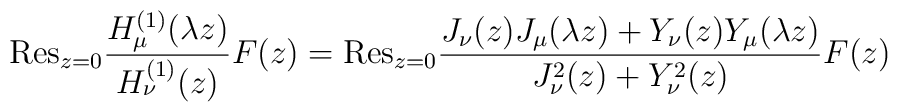
{\mathrm{Res}}_{z=0}\frac{H^{(1)}_{\mu }(\lambda z)}{H^{(1)}_{\nu }(z)}F(z)={\mathrm{Res}}_{z=0}\frac{J_\nu (z)J_\mu (\lambda z)+Y_\nu (z)Y_\mu (\lambda z)}{J_\nu ^2(z)+Y_\nu ^2(z)}F(z)